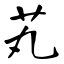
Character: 芄